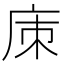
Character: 㢀